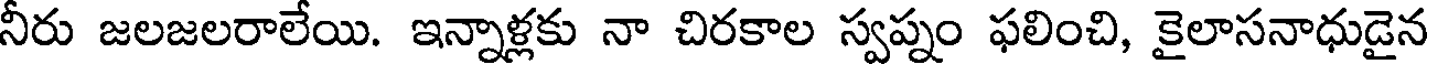
నీరు జలజలరాలేయి. ఇన్నాళ్లకు నా చిరకాల స్వప్నం ఫలించి, కైలాసనాధుడైన